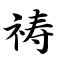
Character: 祷